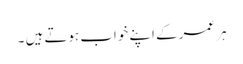
ہر عمر کے اپنے خواب ہوتے ہیں ۔